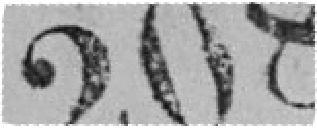
208